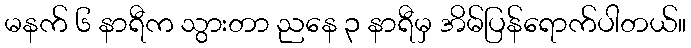
မနက် ၆ နာရီက သွားတာ ညနေ ၃ နာရီမှ အိမ်ပြန်ရောက်ပါတယ်။